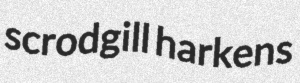
scrodgill harkens